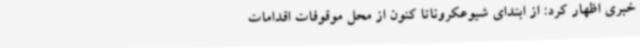
خبری اظهار کرد: از ابتدای شیوعکروناتا کنون از محل موقوفات اقدامات